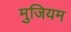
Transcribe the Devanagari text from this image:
मुजियम